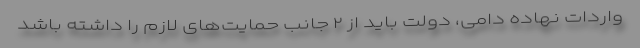
واردات نهاده دامی، دولت باید از ۲ جانب حمایت‌های لازم را داشته باشد